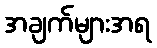
အချက်များအရ